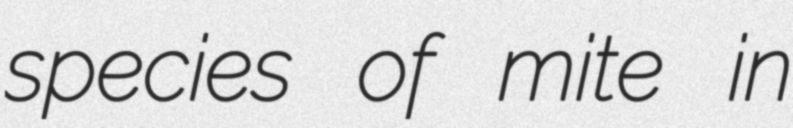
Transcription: species of mite in